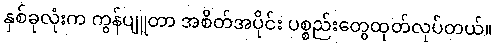
နှစ်ခုလုံးက ကွန်ပျူတာ အစိတ်အပိုင်း ပစ္စည်းတွေထုတ်လုပ်တယ်။